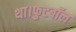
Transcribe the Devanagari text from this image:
था।फुटबॉल